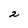
Character: 2